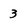
Character: 3